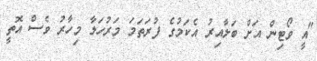
"އީ ވޯޓިން އަށް ބަލާއިރު އެކަމުގެ ފުރަތަމަ މަރުހަލާ މިހާރު ވެސް އޮތީ